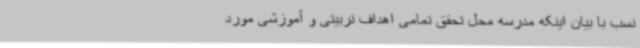
نسب با بیان اینکه مدرسه محل تحقق تمامی اهداف تربیتی و آموزشی مورد